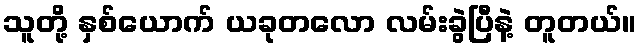
သူတို့ နှစ်ယောက် ယခုတလော လမ်းခွဲပြီနဲ့ တူတယ်။